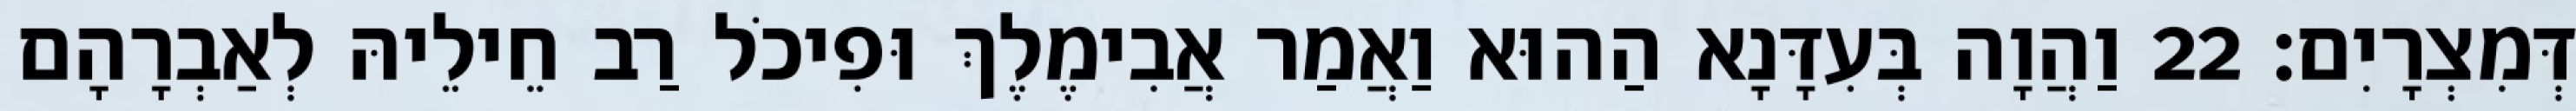
דְּמִצְרָיִם׃ 22 וַהֲוָה בְּעִדָּנָא הַהוּא וַאֲמַר אֲבִימֶלֶךְ וּפִיכֹל רַב חֵילֵיהּ לְאַבְרָהָם